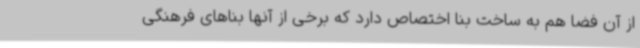
از آن فضا هم به ساخت بنا اختصاص دارد که برخی از آنها بناهای فرهنگی